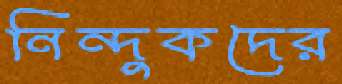
নিন্দুকদের